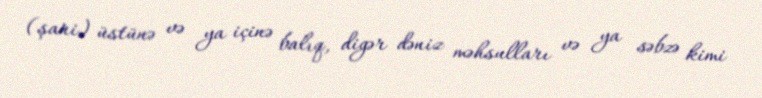
(şari) üstünə və ya içinə balıq, digər dəniz məhsulları və ya səbzə kimi